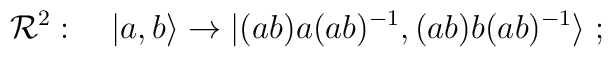
{\cal R}^2:\quad |a,b\rangle\to |(ab)a(ab)^{-1},(ab)b(ab)^{-1}\rangle\; ;